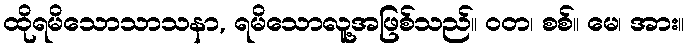
ထိုရမိသောသာသနာ, ရမိသောလူ့အဖြစ်သည်။ ဝတ၊ စစ်။ မေ၊ အား။